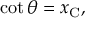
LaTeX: \quad \cot \theta = x _ { \mathrm { C } } ,